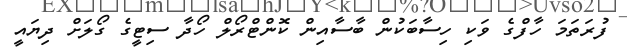
ފުރަތަމަ ހާފްގެ ވަކި ހިސާބަކުން ބާސާއިން ކޮންޓްރޯލް ހޯދާ ސިޓީގެ ގޯލަށް ދިޔައީ